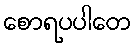
စောရပပါတေ